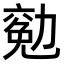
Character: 𠢖